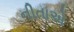
નીતાએ